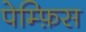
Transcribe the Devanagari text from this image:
पेम्फ़िस